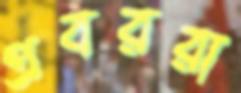
প্রবররা